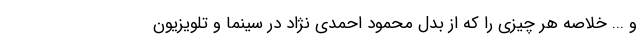
و ... خلاصه هر چیزی را که از بدل محمود احمدی نژاد در سینما و تلویزیون